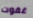
غفوت